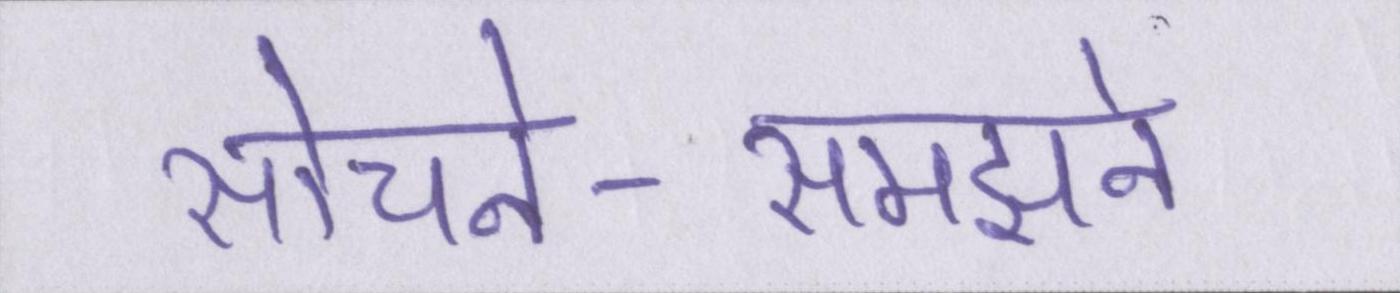
सोचने-समझने